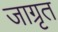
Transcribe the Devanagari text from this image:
जाग्रृत